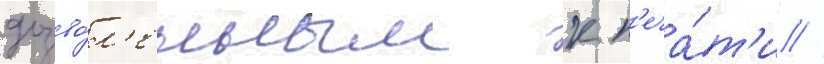
дозво́л'енным к п'еча́т'и //